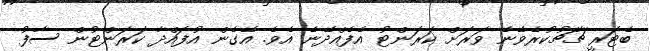
ބެޓަރީ ޗާޗުކުރެވޭނެ ވަރަށް ކަރަންޓު އެފެއްދޭނެ އެވެ. އޭގެން އުފައްދާ ކަރަންޓުން ސާފު